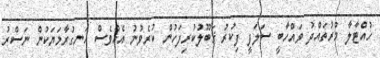
ހުއްޓާލާ މުރުތައްދު ވައްހާބީ ސަލަފީ ފިކުރު ޤަބޫލުކުރިފަހުން ކުރެވުނު އެއްވެސް ހަނގުރާމަޔަކުން ނަސްރު